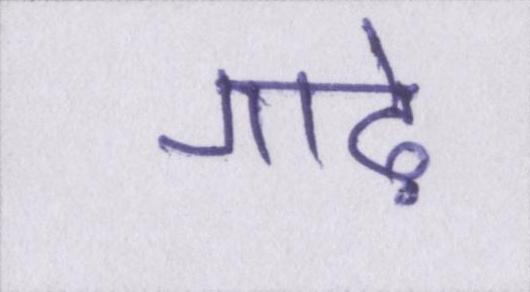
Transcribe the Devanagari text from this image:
गाढ़े